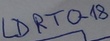
Text: LDRTO-18